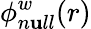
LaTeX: \phi_{n\mathbf{u}ll}^{w}(r)